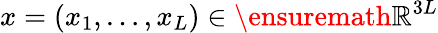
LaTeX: x=(x_{1},\dots,x_{L})\in\ensuremath{\mathbb{R}}^{3L}